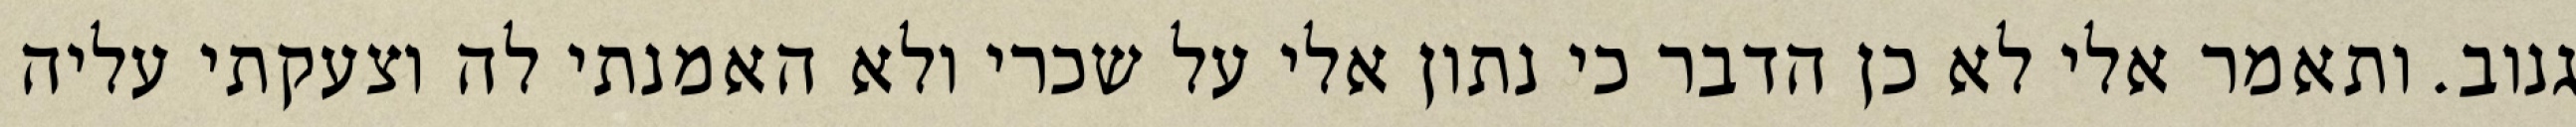
גנוב. ותאמר אלי לא כן הדבר כי נתון אלי על שכרי ולא האמנתי לה וצעקתי עליה